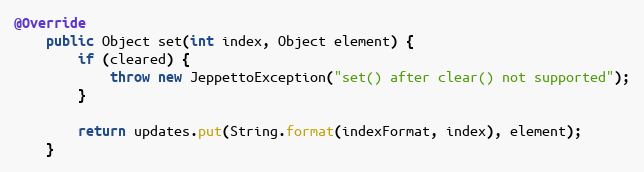
Language: Java
@Override
    public Object set(int index, Object element) {
        if (cleared) {
            throw new JeppettoException("set() after clear() not supported");
        }

        return updates.put(String.format(indexFormat, index), element);
    }